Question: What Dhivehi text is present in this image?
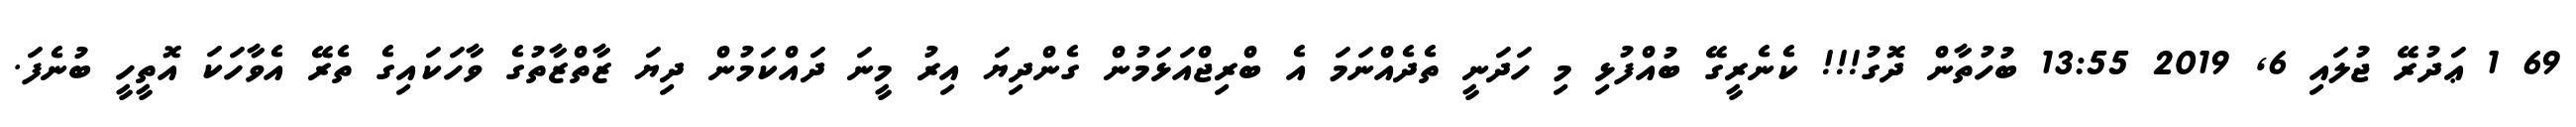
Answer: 69 1 ޢަދުރޭ ޖުލައި 6, 2019 13:55 ބުހުތާން ދޮގު!!! ކެނެރީގޭ ބުއްފުޅި މި ހަދަނީ ތެދެއްނަމަ އެ ބްރިޖްއަޅަމުން ގެންދިޔަ އިރު މީނަ ދައްކަމުން ދިޔަ ޒާތްޒާތުގެ ވާހަކައިގެ ތެރޭ އެވާހަކަ އޮތީހީ ބުނެފަ.